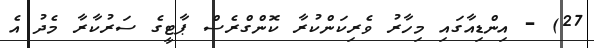
27) - އިންޑިއާގައި މިހާރު ވެރިކަންކުރާ ކޮންގްރެސް ޕާޓީގެ ސަރުކާރާ މެދު އެ